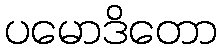
ပမောဒိတော